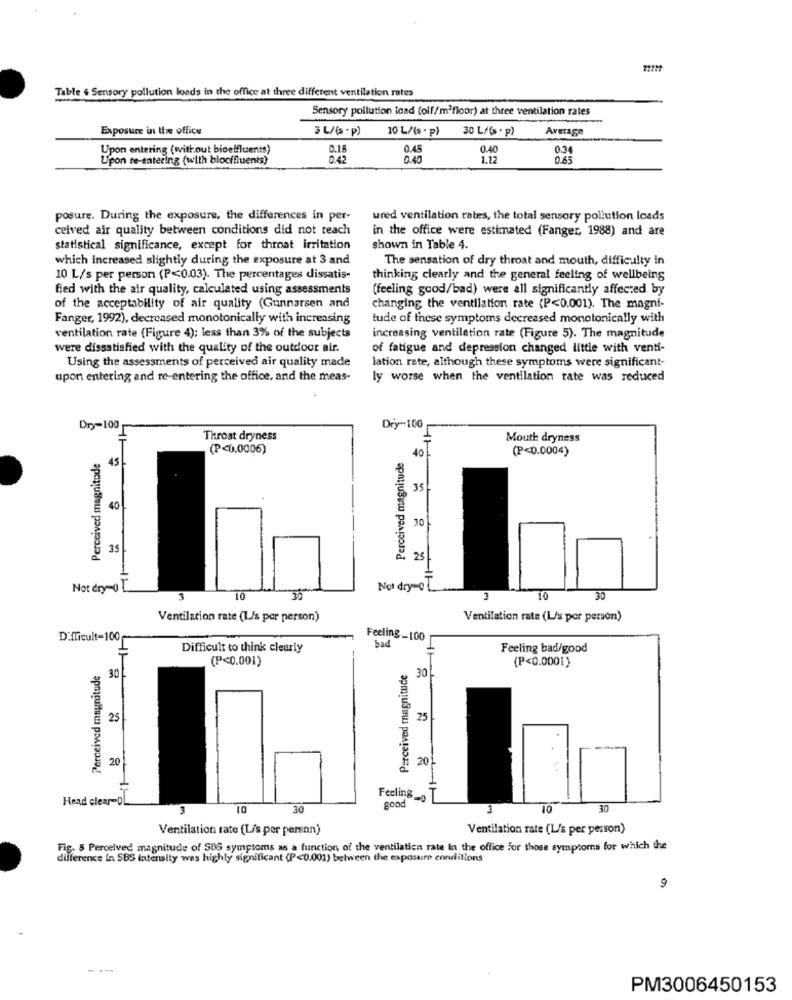
Table & Sensory pollution londs in the office at three different ventilation rates
Sensory pollution load (olf/m3floor) at three ventilation rates
Exposure in the office
3 L/(s . p)
10 L/(s . p)
30 L/(s . p)
Average
Upon entering (without bioeffluents)
0.18
0.45
0.40
0.34
Upon re-entering (with blocifluents)
0.42
0.40
1.12
265
posure. During the exposure, the differences in per-
ured ventilation rates, the total sensory pollution loads
ceived air quality between conditions did not reach
in the office were estimated (Fanger, 1988) and are
statistical significance, except for throat irritation
shown in Table 4.
which increased slightly during the exposure at 3 and
The sensation of dry throat and mouth, difficulty in
10 L/s per person (P<0.03). The percentages dissatis-
thinking clearly and the general feeling of wellbeing
filed with the air quality, calculated using assessments
(feeling good/bad) were all significantly affected by
of the acceptability of air quality (Gunnarsen and
changing the ventilation rate (P<0.001). The magnf-
Fanger, 1992), decreased monotonically with increasing
tude of these symptoms decreased monotonically with
ventilation rate (Figure 4); less than 3% of the subjects
increasing ventilation rate (Figure 5). The magnitude
were dissatisfied with the quality of the outdoor air.
of fatigue and depression changed little with venti-
Using the assessments of perceived air quality made
lation rate, although these symptoms were significant-
upon entering and re-entering the office, and the meas-
ly worse when the ventilation rate was reduced
Dry-100
Dry-100
Throat dryness
Mouth dryness
Perceived magnitude
(P<0.0006)
Perceived magnitude
40
(P<0.0004)
45
35
40
30
35
25
Not dry-0
Not dry o
3
10
30
10
30
Ventilation rate (L/s por person)
Ventilation rate (L/s por person)
Difficult=100
Feeling-100
Difficult to think clearly
bad
Feeling bad/good
(P<0.001)
(P<0.0001)
Perceived magnitude
30 L
Perceived magnitude
30
25
25
20
20
Head clear-OL
Feeling_
3
30
good
10
30
Ventilation rate (Lis per person)
Ventilation rate (L/s per person)
Fig. 5 Perceived magnitude of SUS symptoms as a function of the ventilation rate In the office for those symptoms for which the
difference in SBS intensity was highly significant (P<0.001) between the exposure ennditions
9
PM3006450153